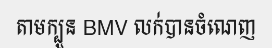
តាមក្បួន BMV លក់បានចំណេញ